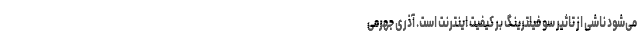
می‌شود ناشی از تاثیر سو فیلترینگ بر کیفیت اینترنت است. آذری جهرمی